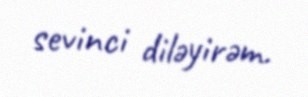
sevinci diləyirəm.